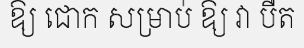
ឱ្យ ជោក សម្រាប់ ឱ្យ វា បឺត